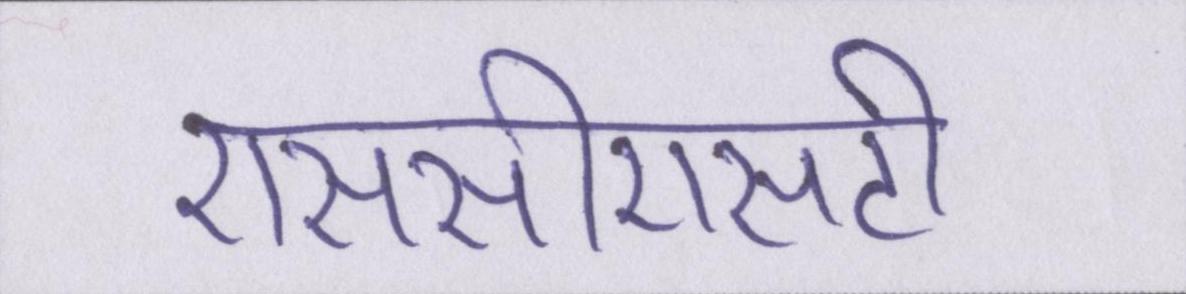
एससीएसटी